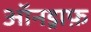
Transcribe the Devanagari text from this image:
ऑनड्राफ़